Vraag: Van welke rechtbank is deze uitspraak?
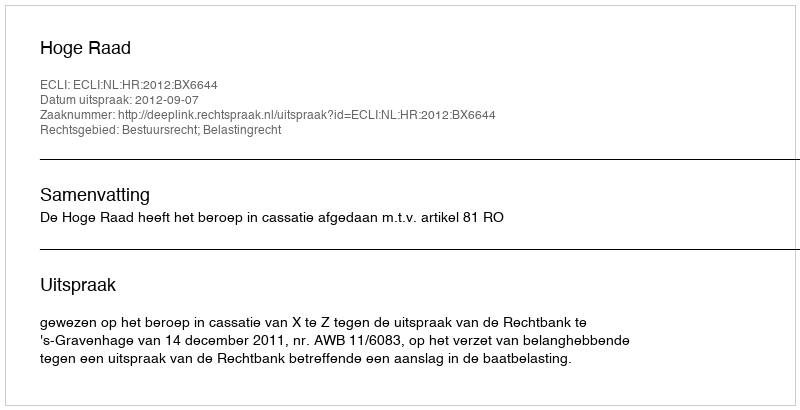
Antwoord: Hoge Raad